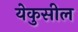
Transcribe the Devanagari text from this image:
येकुसील